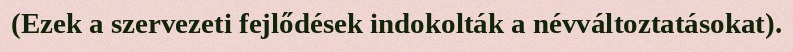
(Ezek a szervezeti fejlődések indokolták a névváltoztatásokat).